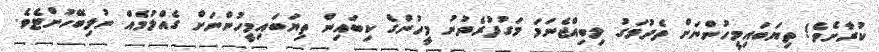
ކުރާށެވެ! ތިޔަބައިމީހުންނަށް ތެދުމަގު ލިބިއްޖެނަމަ މަގުފުރެދުނު މީހުންގެ ކިބައިން ތިޔަބައިމީހުންނަށް ގެއްލުމެއް ނުލިބޭހުށްޓެވެ.